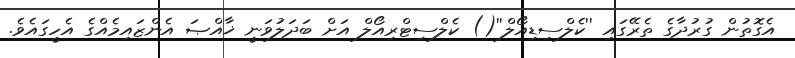
އެގޮތުން ގުރުދާގެ ތެރޭގައި ''ކެލްސިޑިއޯލް''() ކެލްސިޓްރިއޯލް އަށް ބަދަލުވަނީ ޚާއްޞަ އެންޒައިމެއްގެ އެހީގައެވެ.